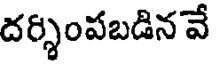
దర్శింపబడిన వే